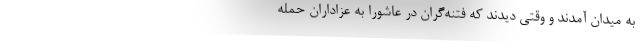
به میدان آمدند و وقتی دیدند که فتنه‌گران در عاشورا به عزاداران حمله